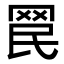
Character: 𦊞